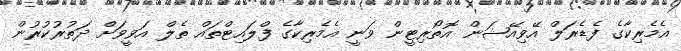
އެމެރިކާގެ ފެޑެރަލް އޭވިއޭޝަން އޮތޯރިޓީން ވަނީ އެމެރިކާގެ ފްލައިޓްތައް ތެލް އަވީވަށް ދަތުރުކުރުން